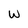
Character: W